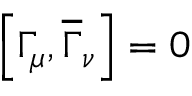
\left[ \Gamma _ { \mu } , \overline { { { \Gamma } } } _ { \nu } \right] = 0